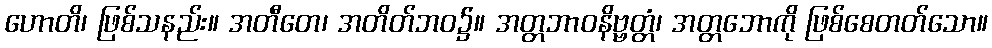
ဟောတိ၊ ဖြစ်သနည်း။ အတီတေ၊ အတိတ်ဘဝ၌။ အတ္တဘာဝနိဗ္ဗတ္တံ၊ အတ္တဘောကို ဖြစ်စေတတ်သော။